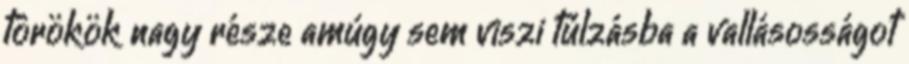
törökök nagy része amúgy sem viszi túlzásba a vallásosságot